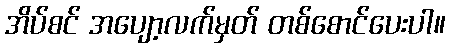
အိပ်စင် အပျော့လက်မှတ် တစ်စောင်ပေးပါ။